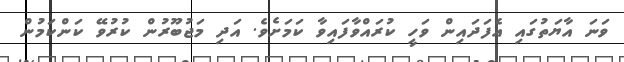
ވަނަ އާޔަތުގައި އެފަދައިން ވަހީ ކުރައްވާފައިވާ ކަމަށެވެ. އަދި މަޖުބޫރުން ކުރުވޭ ކަންކަމުން